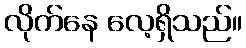
လိုက်နေ လေ့ရှိသည်။